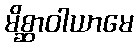
မိစ္ဆာဝါယာမေ